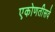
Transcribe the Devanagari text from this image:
एकोणतीसवे